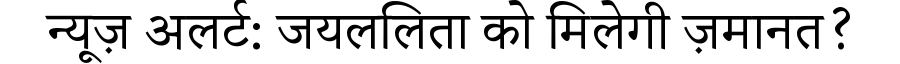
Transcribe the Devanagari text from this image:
न्यूज़ अलर्ट: जयललिता को मिलेगी ज़मानत?